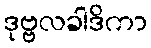
ဒုဗ္ဗလခါဒိကာ